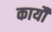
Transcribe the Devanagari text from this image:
कार्यौ